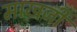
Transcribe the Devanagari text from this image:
माखजी